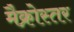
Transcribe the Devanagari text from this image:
मैक्रोस्तर